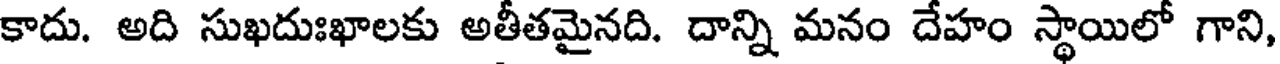
కాదు. అది సుఖదుఃఖాలకు అతీతమైనది. దాన్ని మనం దేహం స్థాయిలో గాని,